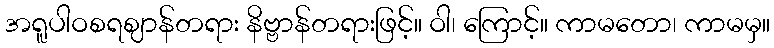
အရူပါဝစရဈာန်တရား နိဗ္ဗာန်တရားဖြင့်။ ဝါ၊ ကြောင့်။ ကာမတော၊ ကာမမှ။